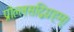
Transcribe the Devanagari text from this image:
प्रोल्लसद्विग्रहम्।